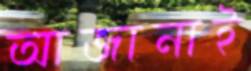
আজানাই